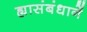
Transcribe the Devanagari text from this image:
ह्यासंबंधानें